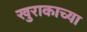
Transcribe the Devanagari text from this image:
खुराकाच्या